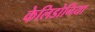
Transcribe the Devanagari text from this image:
केलिडोनिया